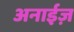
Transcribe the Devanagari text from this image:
अनाईज़